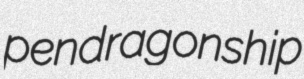
pendragonship